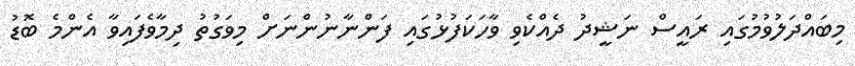
މިބައްދަލުވުމުގައި ރައީސް ނަޝީދު ދެއްކެވި ވާހަކަފުޅުގައި ފަންނާނުންނަށް މިވަގުތު ދިމާވެފައިވާ އެންމެ ބޮޑު